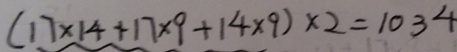
( 1 7 \times 1 4 + 1 7 \times 9 + 1 4 \times 9 ) \times 2 = 1 0 3 4